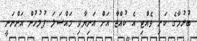
ބުރުމާގެ ކަށި ވެއްޓި އެ ކުއްޖާ އަށް އަނިޔާވި މައްސަލަ ފުލުހުން އަންނަނީ